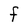
Character: F